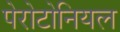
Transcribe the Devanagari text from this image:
पेरोटोनियल